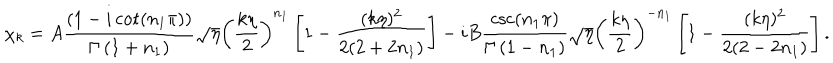
\chi _ { k } = A \frac { \left( 1 - i \cot \left( n _ { 1 } \pi \right) \right) } { \Gamma \left( 1 + n _ { 1 } \right) } \sqrt { \eta } \left( \frac { k \eta } 2 \right) ^ { n _ { 1 } } \left[ 1 - \frac { ( k \eta ) ^ { 2 } } { 2 ( 2 + 2 n _ { 1 } ) } \right] - i B \frac { \csc \left( n _ { 1 } \pi \right) } { \Gamma \left( 1 - n _ { 1 } \right) } \sqrt { \eta } \left( \frac { k \eta } 2 \right) ^ { - n _ { 1 } } \left[ 1 - \frac { ( k \eta ) ^ { 2 } } { 2 ( 2 - 2 n _ { 1 } ) } \right] .